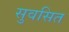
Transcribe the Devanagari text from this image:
सुवसित